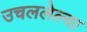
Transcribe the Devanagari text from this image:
उचललेल्या